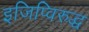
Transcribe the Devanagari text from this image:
इजिप्विरुद्ध